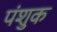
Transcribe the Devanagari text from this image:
पंशुक